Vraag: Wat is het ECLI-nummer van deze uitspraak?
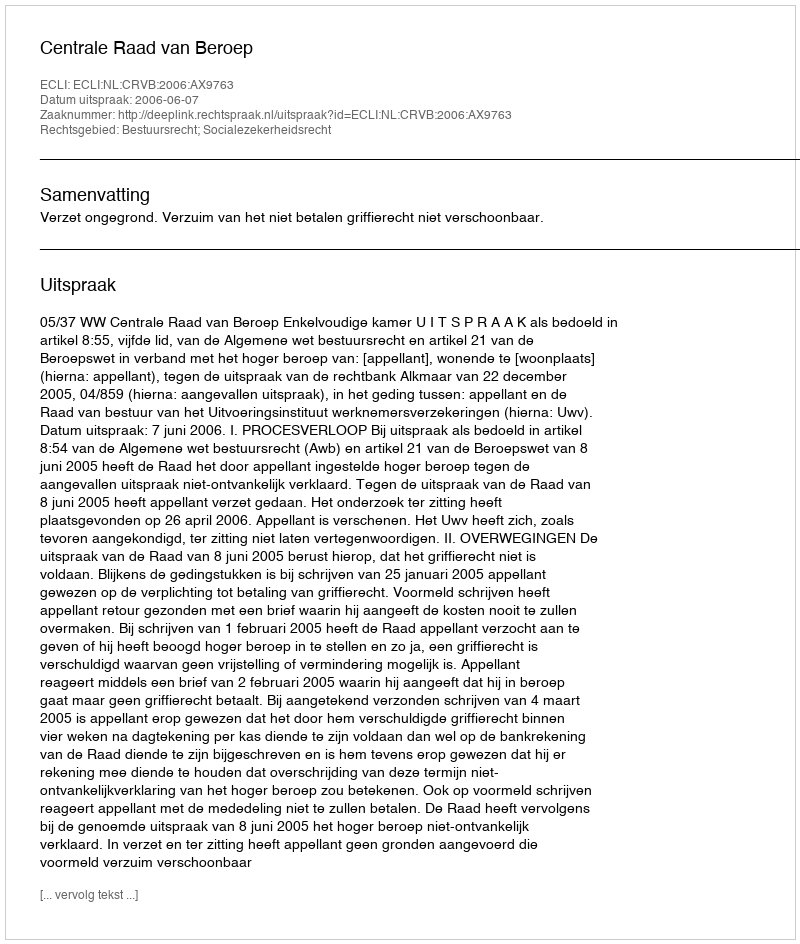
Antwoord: ECLI:NL:CRVB:2006:AX9763